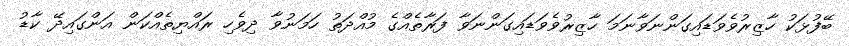
ބޭފުޅަކު ހާޒިރުވެވަޑައިގަންނަވާނަމަ ހާޒިރުވެވަޑައިގަންނަވާ ފަރާތެއްގެ މުއްދަތު ހަމަނުވާ ދިވެހި ރައްޔިތެއްކަން އަންގައިދޭ ކާޑު